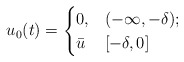
\begin{align*} u_0(t) = \begin{cases} 0, & ( - \infty, -\delta); \\ \bar{u} & [-\delta,0] \end{cases} \end{align*}